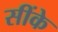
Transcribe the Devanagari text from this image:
सींके